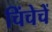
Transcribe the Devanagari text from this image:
चिंचेचें